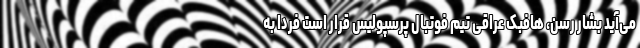
می‌آید بشار رسن، هافبک عراقی تیم فوتبال پرسپولیس قرار است فردا به